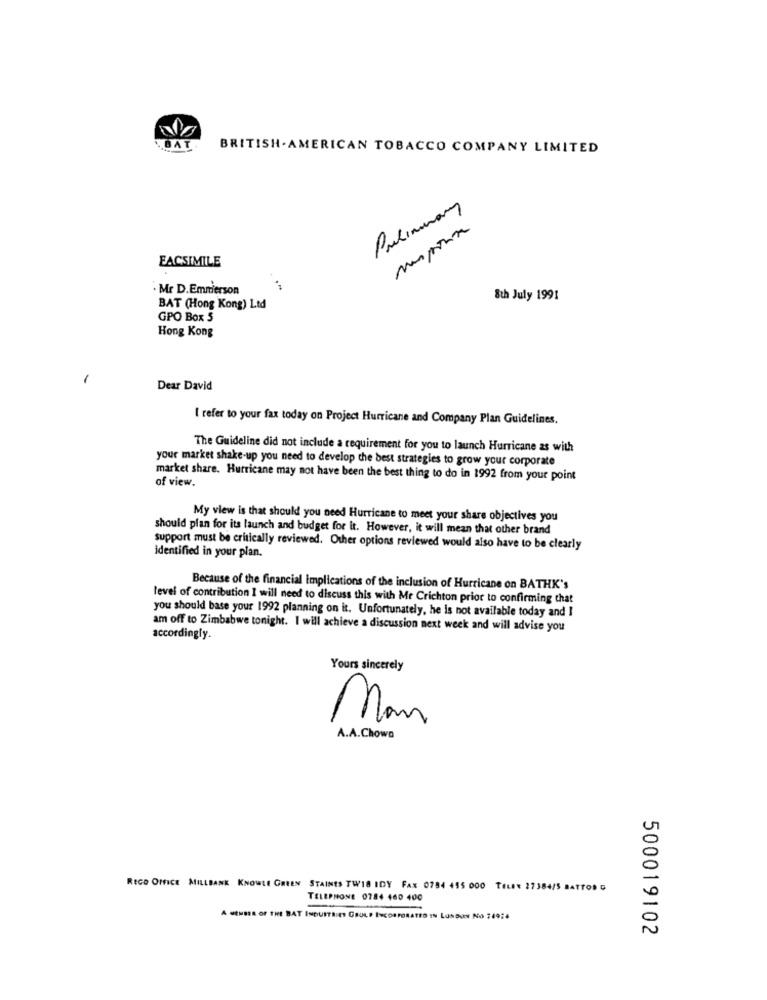
BAT
BRITISH. AMERICAN TOBACCO COMPANY LIMITED
Preliminary
FACSIMILE
Mr D.Emmerson
8th July 1991
BAT (Hong Kong) Ltd
GPO Box 5
Hong Kong
-
Dear David
I refer to your fax today on Project Hurricane and Company Plan Guidelines.
The Guideline did not include a requirement for you to launch Hurricane as with
your market shake-up you need to develop the best strategies to grow your corporate
of view.
market share. Hurricane may not have been the best thing to do in 1992 from your point
My view is that should you need Hurricane to meet your share objectives you
should plan for its launch and budget for it. However, it will mean that other brand
support must be critically reviewed. Other options reviewed would also have to be clearly
identified in your plan.
Because of the financial Implications of the inclusion of Hurricane on BATHK's
level of contribution I will need to discuss this with Me Crichton prior to confirming that
you should base your 1992 planning on it. Unfortunately, he is not available today and I
am off to Zimbabwe tonight. I will achieve a discussion next week and will advise you
accordingly.
Yours sincerely
Man
A.A.Chowa
REGO OFFICE MILLBANK KNOWLE GREEN STAINES TW18 IDY FAX 0784 455 000 TELE: 27384/5 BATTOD G
TELEPHONE 0784 460 400
A MEMBER OF THE BAT INDUSTRIES GRULP INCORPORATED IN LONDON NO 34924
500019102